Lunatic asylums United Prov. 1922-30 - 1922-1930
Year: 1922
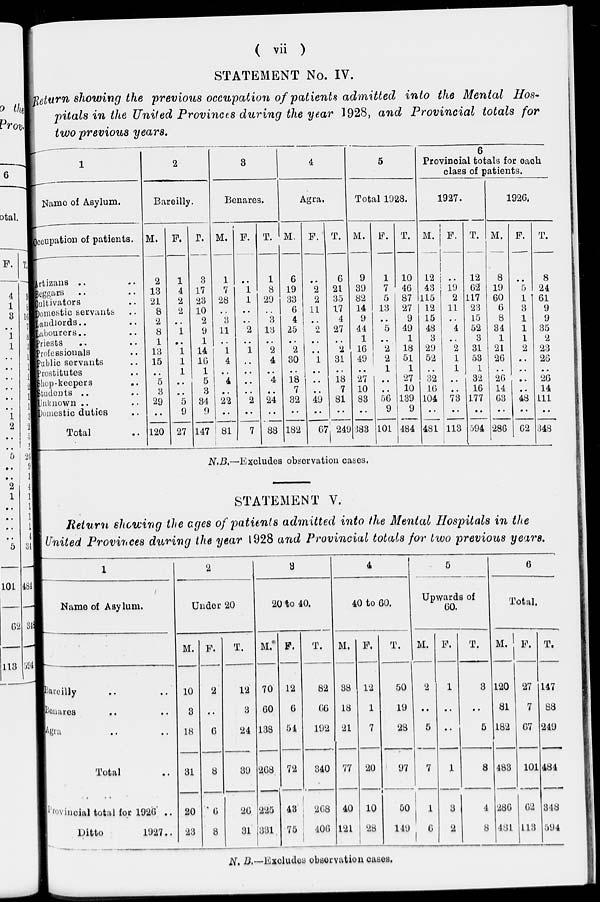
( vii )
STATEMENT No. IV.
Return showing the previous occupation of patients admitted into the Mental Hos-
pitals in the United Provinces during the year 1928, and Provincial totals for
two previous years.
1
Name of Asylum.
Occupation of patients.
Artizans .. ..
Beggars .. ..
Cultivators ..
Domestic servants ..
Landlords .. ..
Labourers.. ..
Priests .. ..
Professionals ..
Public servants ..
Prostitutes ..
Shop-keepers ..
Students .. ..
Unknown .. ..
Domestic duties ..
Total ..
2
Bareilly.
M.
2
13
21
8
2
8
1
13
15
..
5
3
29
..
120
F.
1
4
2
2
..
1
..
1
1
1
..
..
5
9
27
T.
3
17
23
10
2
9
1
14
16
1
5
3
34
9
147
3
Benares.
M.
1
7
28
..
3
11
..
1
4
..
4
..
22
..
81
F.
..
1
1
..
..
2
..
1
..
..
..
..
2
..
7
T.
1
8
29
..
3
13
..
2
4
..
4
..
24
..
88
4
Agra.
M.
6
19
33
6
4
25
..
2
30
..
18
7
32
..
182
F.
..
2
2
11
..
2
..
..
1
..
..
..
49
..
67
T.
6
21
35
17
4
27
..
2
31
..
18
7
81
..
249
5
Total 1928.
M.
9
39
82
14
9
44
1
16
49
..
27
10
83
..
383
F.
1
7
5
13
..
5
..
2
2
1
..
..
56
9
101
T.
10
46
87
27
9
49
1
18
51
1
27
10
139
9
484
6
Provincial totals for each
class of patients.
1927.
M.
12
43
115
12
15
48
3
29
52
..
32
16
104
..
481
F.
..
19
2
11
..
4
..
2
1
1
..
..
73
..
113
T.
12
62
117
23
15
52
3
31
53
1
32
16
177
..
594
1926.
M.
8
19
60
6
8
34
1
21
26
..
26
14
63
..
286
F.
..
5
1
3
1
1
1
2
..
..
..
..
48
..
62
T.
8
24
61
9
9
35
2
23
26
..
26
14
111
..
348
N.B.—Excludes observation cases.
STATEMENT V.
Return showing the ages of patients admitted into the Mental Hospitals in the
United Provinces during the year 1928 and Provincial totals for two previous years.
1
Name of Asylum.
Bareilly .. ..
Benares .. ..
Agra .. ..
Total ..
Provincial total for 1926 ..
Ditto
1927 ..
2
Under 20
M.
10
3
18
31
20
23
F.
2
..
6
8
6
8
T.
12
3
24
39
26
31
3
20 to 40.
M.
70
60
138
268
225
331
F.
12
6
54
72
43
75
T.
82
66
192
340
268
406
4
40 to 60.
M.
88
18
21
77
40
121
F.
12
1
7
20
10
28
T.
50
19
28
97
50
149
5
Upwards of
60.
M.
2
..
5
7
1
6
F.
1
..
..
1
3
2
T.
3
..
5
8
4
8
6
Total.
M.
120
81
182
483
286
481
F.
27
7
67
101
62
113
T.
147
88
249
484
348
594
N. B.—Excludes observation cases.